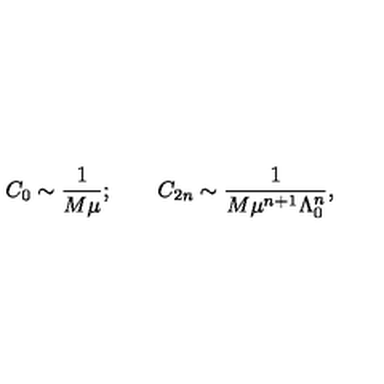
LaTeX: C _ { 0 } \sim \frac { 1 } { M \mu } ; \qquad C _ { 2 n } \sim \frac { 1 } { M \mu ^ { n + 1 } \Lambda _ { 0 } ^ { n } } ,